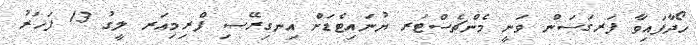
ހޯދާފައިވާ ފަރގަސަން ވަނީ މެންޗެސްޓަރ ޔުނައިޓެޑަށް އިނގިރޭސި ޕްރިމިއަރ ލީގު 13 ފަހަރު